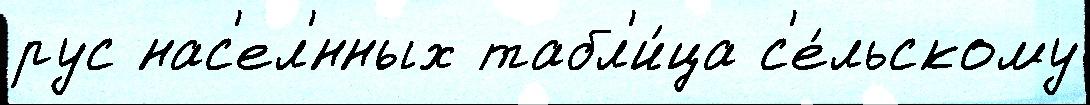
рус нас'ел'́нных табл'и́ца с'е́льскому